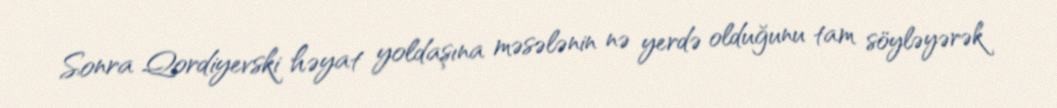
Sonra Qordiyevski həyat yoldaşına məsələnin nə yerdə olduğunu tam söyləyərək